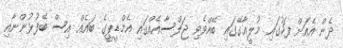
ދެން އެއަށް ފަހުގައި މުލީއާގޭގައި ބޭއްވެވި ޖަލްސާއެއްގައި އެމްޑީޕީގެ ބައެއް އިސް ބޭފުޅުންނާއި